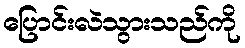
ပြောင်းလဲသွားသည်ကို